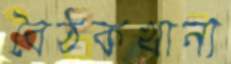
বৈঠকখানা